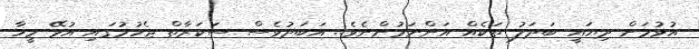
އުޅުމަށް ދިޔައީ ބަދަލު ތަކެއް އަންނަމުންނެވެ.. އަބަދުވެސް ސަކަރާތް ޖެހުމުގައި އުޅޭ މީހާ